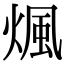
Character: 煈